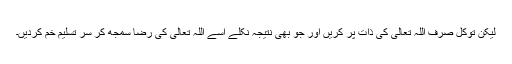
لیکن توکّل صرف اللہ تعالیٰ کی ذات پر کریں اور جو بھی نتیجہ نکلے اسے اللہ تعالیٰ کی رضا سمجھ کر سر تسلیمِ خم کردیں۔